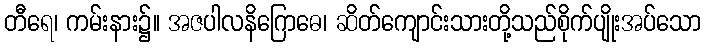
တီရေ၊ ကမ်းနား၌။ အဇပါလနိဂြောဓေ၊ ဆိတ်ကျောင်းသားတို့သည်စိုက်ပျိုးအပ်သော